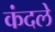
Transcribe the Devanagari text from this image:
कंदले